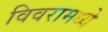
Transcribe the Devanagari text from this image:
विवरामध्ये